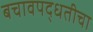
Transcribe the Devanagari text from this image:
बचावपद्धतीचा